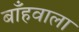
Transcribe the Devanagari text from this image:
बाँहवाला